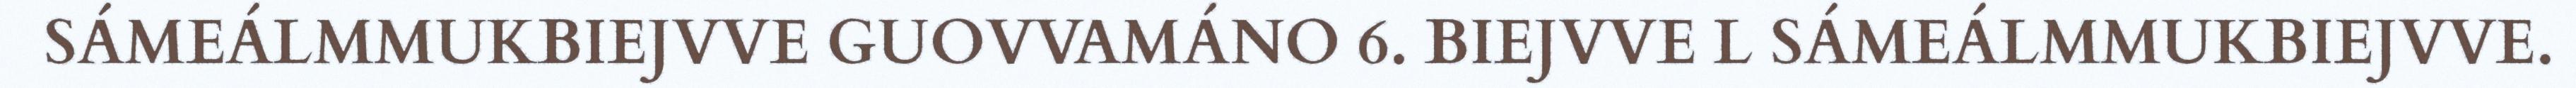
SÁMEÁLMMUKBIEJVVE GUOVVAMÁNO 6. BIEJVVE L SÁMEÁLMMUKBIEJVVE.